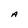
Character: A